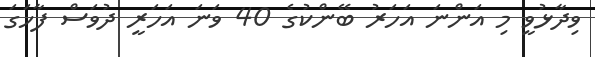
ވިދާޅުވީ މި އަންނަ އަހަރު ބޭންކުގެ 40 ވަނަ އަހަރީ ދުވަސް ފާހަގަ